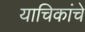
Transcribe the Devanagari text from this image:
याचिकांचे